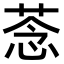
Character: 菍